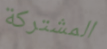
المشتركة